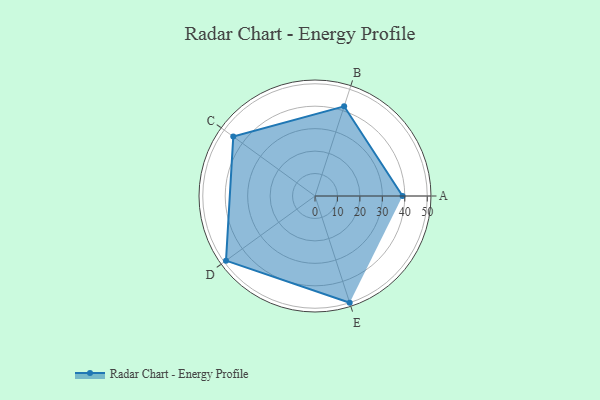
{"axis": {"x": "Skill", "y": "Score"}, "legend": ["Profile"], "data": [{"x": "A", "y": 39.0, "type": "Profile"}, {"x": "B", "y": 42.0, "type": "Profile"}, {"x": "C", "y": 45.0, "type": "Profile"}, {"x": "D", "y": 49.0, "type": "Profile"}, {"x": "E", "y": 50.0, "type": "Profile"}]}